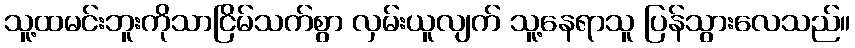
သူ့ထမင်းဘူးကိုသာငြိမ်သက်စွာ လှမ်းယူလျက် သူ့နေရာသူ ပြန်သွားလေသည်။